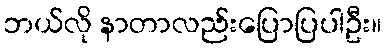
ဘယ်လို နာတာလည်းပြောပြပါဦး။